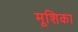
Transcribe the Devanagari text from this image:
मूशिका